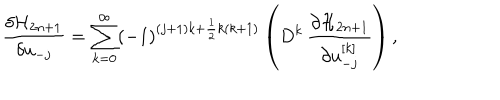
{ \frac { \delta { \cal H } _ { 2 n + 1 } } { \delta u _ { - j } } } = \sum _ { k = 0 } ^ { \infty } ( - 1 ) ^ { ( j + 1 ) k + { \frac { 1 } { 2 } } k ( k + 1 ) } \left( D ^ { k } \, { \frac { \partial { \cal H } _ { 2 n + 1 } } { \partial u _ { - j } ^ { [ k ] } } } \right) ,